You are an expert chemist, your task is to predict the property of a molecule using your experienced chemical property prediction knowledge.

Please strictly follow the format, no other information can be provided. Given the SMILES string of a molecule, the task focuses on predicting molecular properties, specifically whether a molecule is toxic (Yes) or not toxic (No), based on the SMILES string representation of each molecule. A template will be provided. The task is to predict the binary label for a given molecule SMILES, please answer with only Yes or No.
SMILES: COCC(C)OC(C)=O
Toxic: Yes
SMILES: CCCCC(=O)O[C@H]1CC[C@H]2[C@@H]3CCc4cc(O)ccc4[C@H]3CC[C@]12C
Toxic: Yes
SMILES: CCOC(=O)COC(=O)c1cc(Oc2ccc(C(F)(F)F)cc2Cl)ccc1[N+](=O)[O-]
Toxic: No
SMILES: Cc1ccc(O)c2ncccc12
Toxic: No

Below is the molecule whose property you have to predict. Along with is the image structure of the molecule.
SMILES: CCCCN(CCCC)c1ccc(C(=O)c2ccccc2C(=O)O)c(O)c1
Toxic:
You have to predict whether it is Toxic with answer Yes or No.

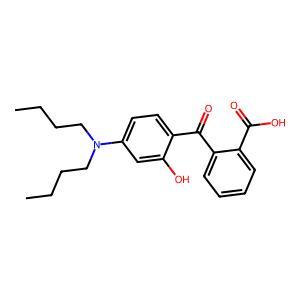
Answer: No